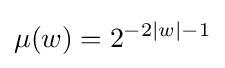
\mu (w)=2^{-2|w|-1}